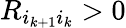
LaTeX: R_{i_{k+1}i_{k}}>0